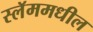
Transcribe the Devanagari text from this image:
स्लॅममधील